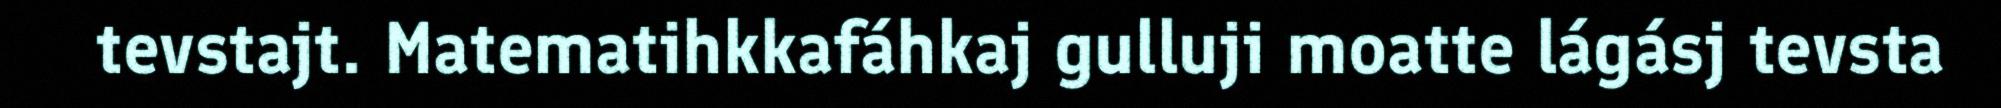
tevstajt. Matematihkkafáhkaj gulluji moatte lágásj tevsta